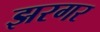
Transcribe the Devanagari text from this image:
झरगर